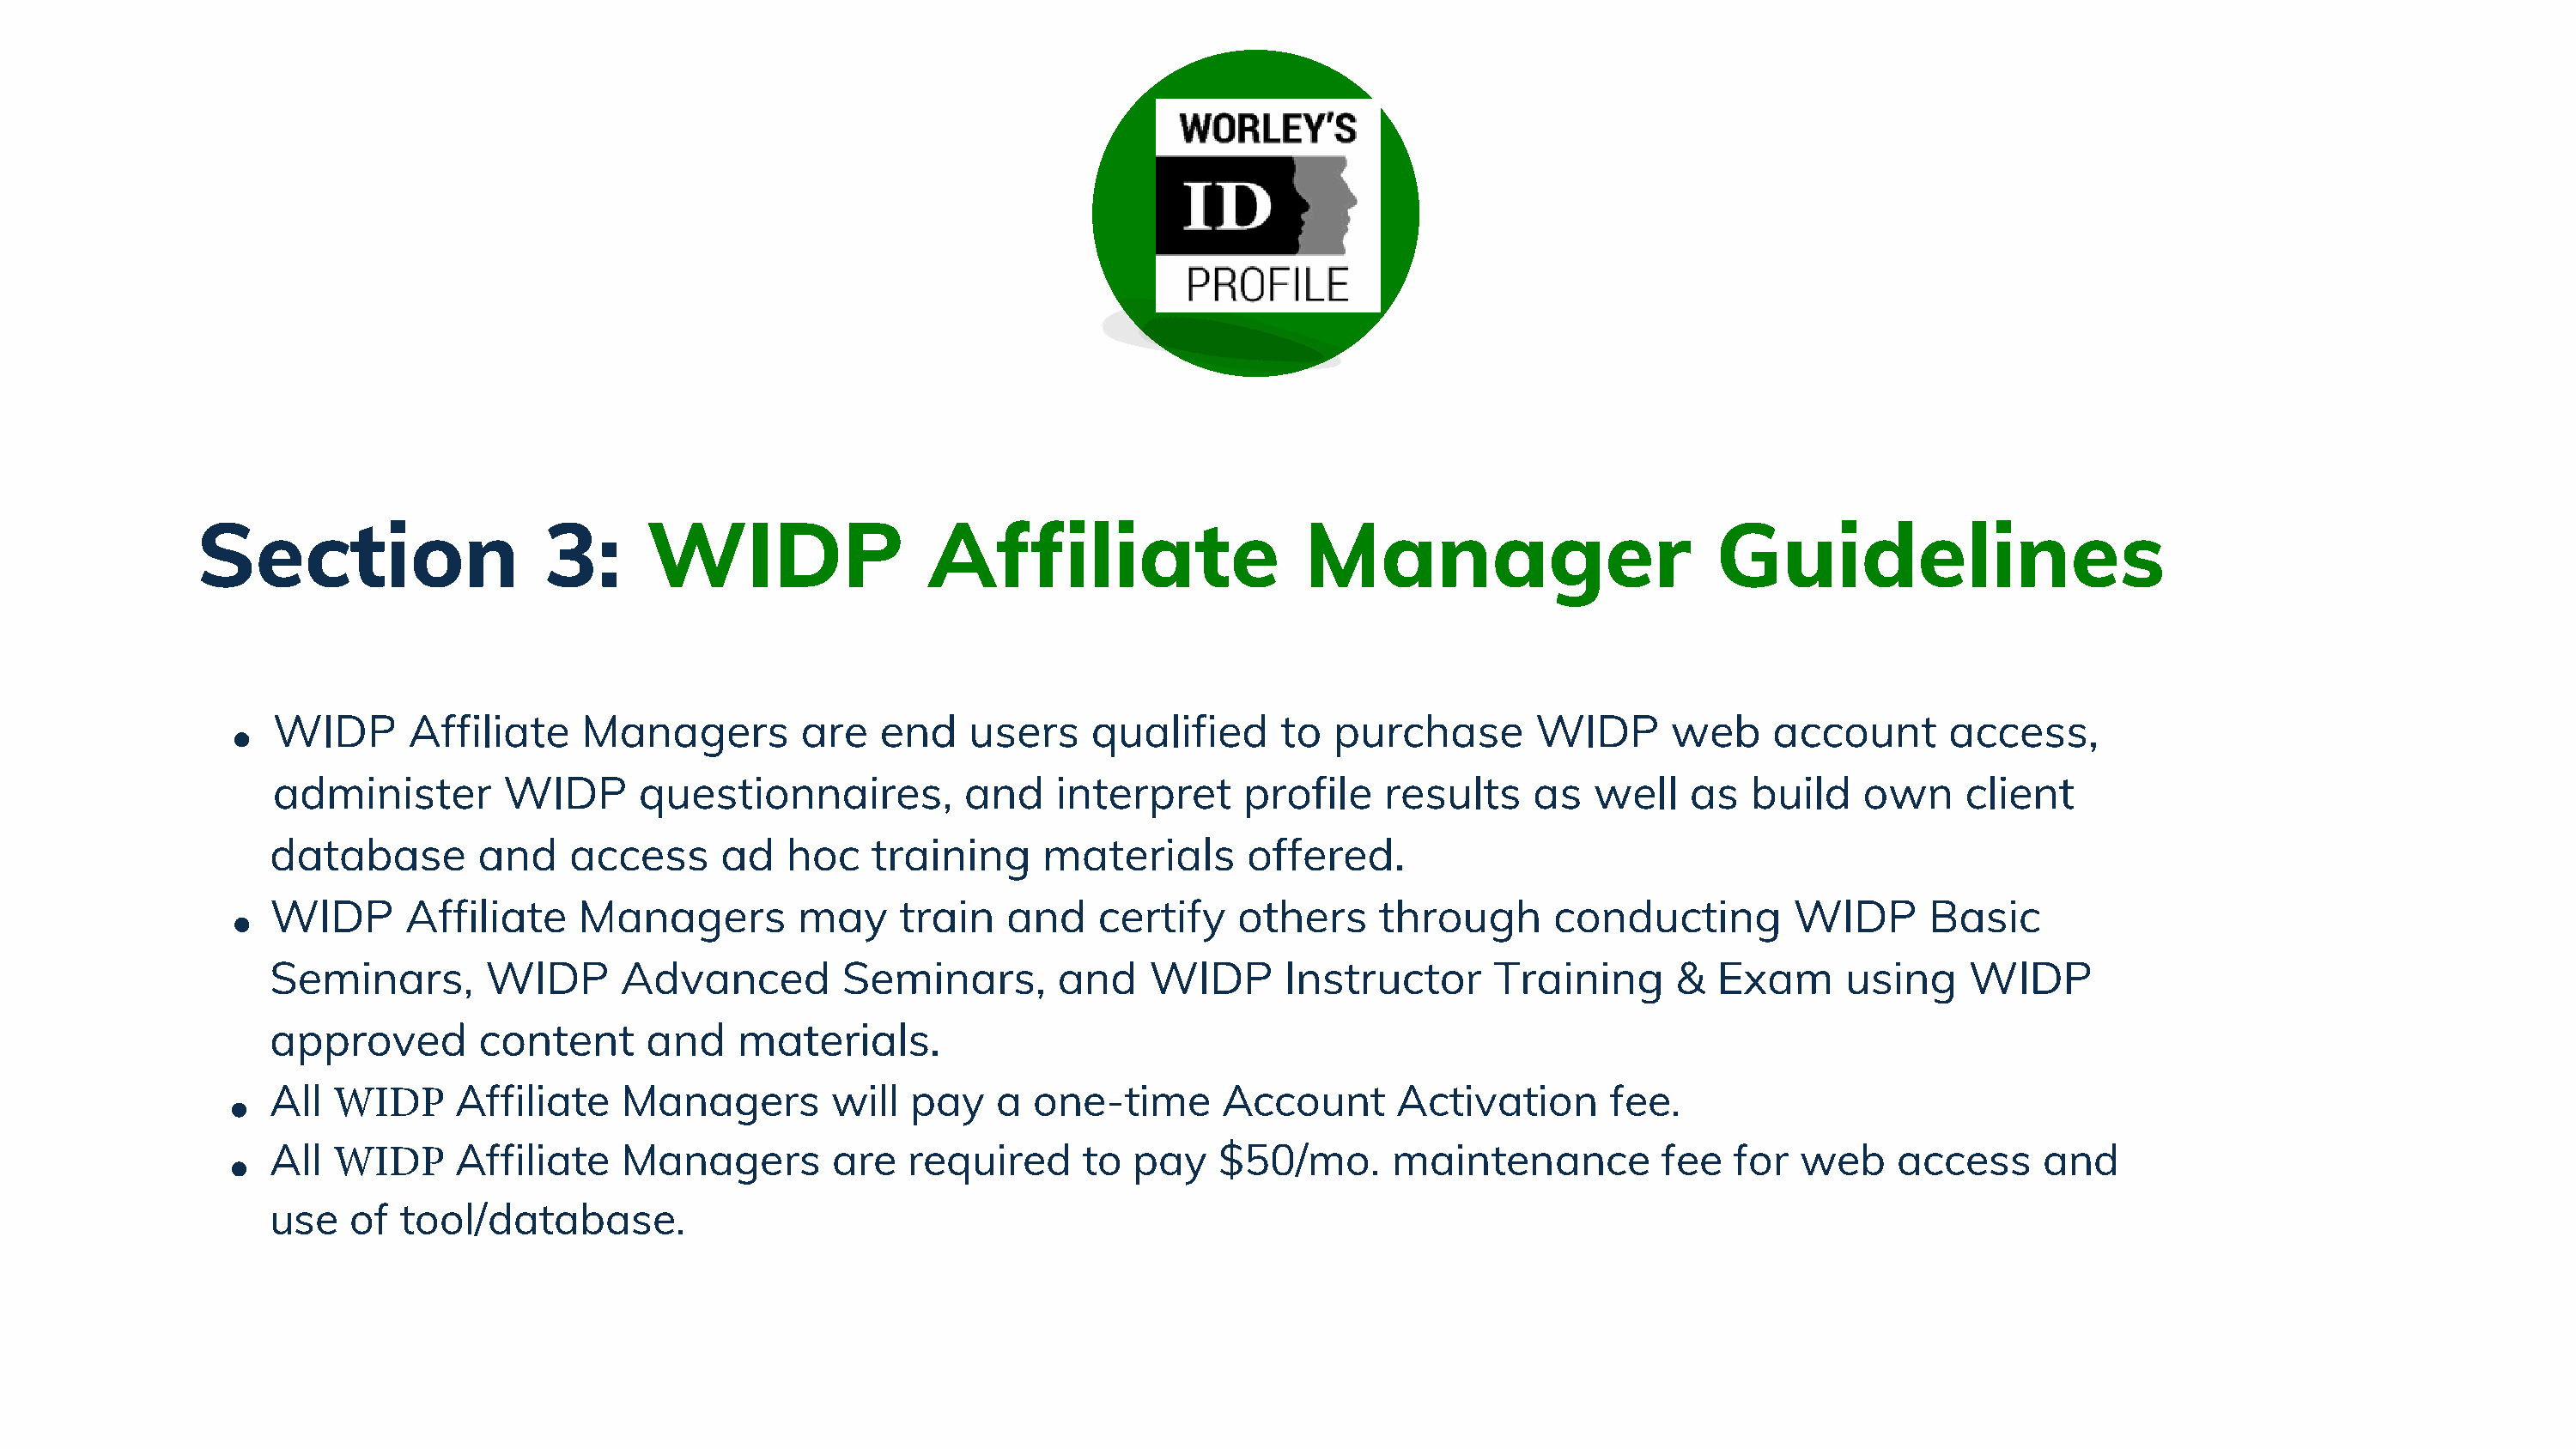
Section                    3:      WIDP                  Affiliate                    Manager                        Guidelines
 WIDP      Affiliate     Managers         are   end    users    qualified      to  purchase       WIDP       web     account      access,
 administer        WIDP      questionnaires,          and    interpret      profile    results    as   well   as   build    own     client
 database        and    access      ad   hoc   training     materials       offered.
 WIDP      Affiliate     Managers         may    train    and    certify   others     through       conducting        WIDP       Basic
 Seminars,       WIDP       Advanced         Seminars,        and    WIDP      Instructor      Training      &  Exam      using     WIDP
 approved        content      and    materials.
 All  WIDP     Affiliate    Managers        will  pay    a  one-time      Account       Activation      fee.
 All  WIDP     Affiliate    Managers        are   required      to pay    $50/mo.      maintenance          fee   for  web    access     and
 use   of  tool/database.